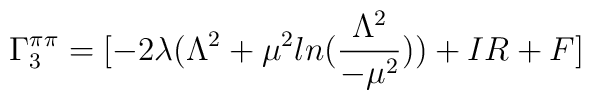
\Gamma_3^{\pi\pi}= [-2\lambda( \Lambda^2 + \mu^2ln(\frac{\Lambda^2}{-\mu^2})) + IR+ F]